Plague in India, 1896, 1897 - Volume 2
Year: 1896
Disease focus: Plague
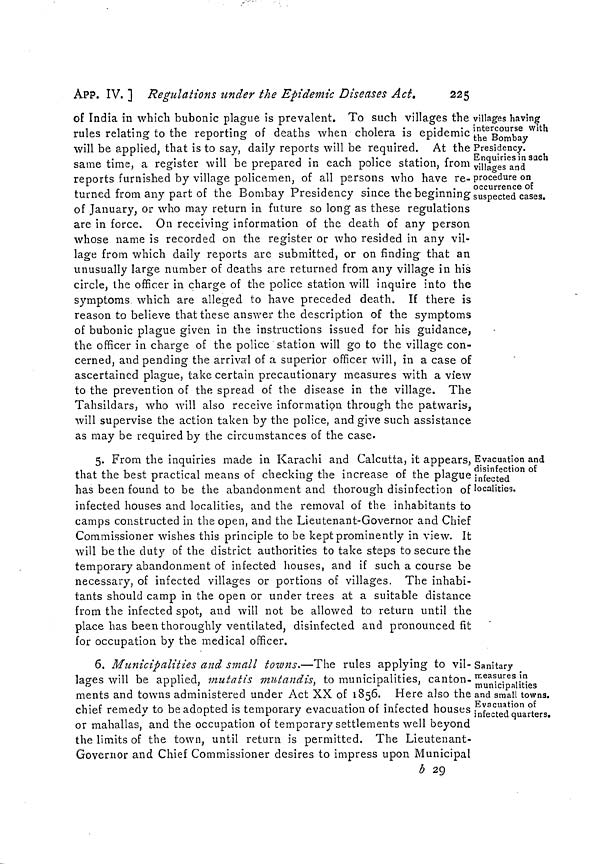
225
APP. IV, ] Regulations under the Epidemic Diseases Act.
villages having
intercourse with
the Bombay
Presidency.
Enquiries in such
villages and
procedure on
occurrence of
suspected cases.
of India in which bubonic plague is prevalent. To such villages the
rules relating to the reporting of deaths when cholera is epidemic
will be applied, that is to say, daily reports will be required. At the
same time, a register will be prepared in each police station, from
reports furnished by village policemen, of all persons who have re-
turned from any part of the Bombay Presidency since the beginning
of January, or who may return in future so long as these regulations
are in force. On receiving information of the death of any person
whose name is recorded on the register or who resided in any vil-
lage from which daily reports are submitted, or on finding that an
unusually large number of deaths are returned from any village in his
circle, the officer in charge of the police station will inquire into the
symptoms which are alleged to have preceded death. If there is
reason to believe that these answer the description of the symptoms
of bubonic plague given in the instructions issued for his guidance,
the officer in charge of the police station will go to the village con-
cerned, and pending the arrivarl of a superior officer will, in a case of
ascertained plague, take certain precautionary measures with a view
to the prevention of the spread of the disease in the village. The
Tahsildars, who will also receive information through the patwaris,
will supervise the action taken by the police, and give such assistance
as may be required by the circumstances of the case.
Evacuation and
disinfection of
infected
localities.
5. From the inquiries made in Karachi and Calcutta, it appears,
that the best practical means of checking the increase of the plague
has been found to be the abandonment and thorough disinfection of
infected houses and localities, and the removal of the inhabitants to
camps constructed in the open, and the Lieutenant-Governor and Chief
Commissioner wishes this principle to be kept prominently in view. It
will be the duty of the district authorities to take steps to secure the
temporary abandonment of infected houses, and if such a course be
necessary, of infected villages or portions of villages. The inhabi-
tants should camp in the open or under trees at a suitable distance
from the infected spot, and will not be allowed to return until the
place has been thoroughly ventilated, disinfected and pronounced fit
for occupation by the medical officer.
Sanitary
measures in
municipalities
and small towns.
Evacuation of
infected quarters.
6. Municipalities and small ¿owns.—The rules applying to vil- í
lages will be applied, mutatis mutandis, to municipalities, canton-
ments and towns administered under Act XX of 1856. Here also the
chief remedy to be adopted is temporary evacuation of infected houses
or mahallas, and the occupation of temporary settlements well beyond
the limits of the town, until return is permitted. The Lieutenant-
Governor and Chief Commissioner desires to impress upon Municipal
b 29